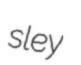
sley